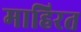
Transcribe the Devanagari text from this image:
माहिरत